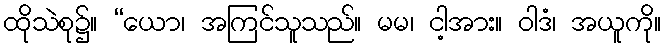
ထိုသဲစု၌။ “ယော၊ အကြင်သူသည်။ မမ၊ ငါ့အား။ ဝါဒံ၊ အယူကို။